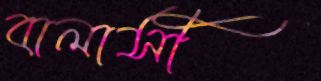
বালাসী